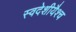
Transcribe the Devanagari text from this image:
स्वदेशीयैश्च